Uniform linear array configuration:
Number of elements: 48
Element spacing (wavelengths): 1
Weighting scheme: cosine
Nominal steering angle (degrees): -30
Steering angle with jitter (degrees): -29.869
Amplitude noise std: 0.05
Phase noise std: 0.05

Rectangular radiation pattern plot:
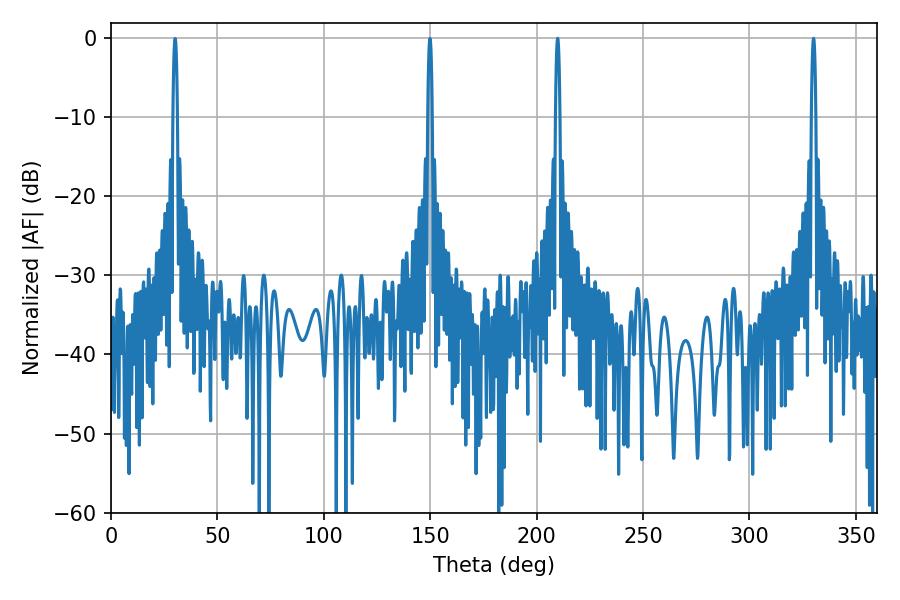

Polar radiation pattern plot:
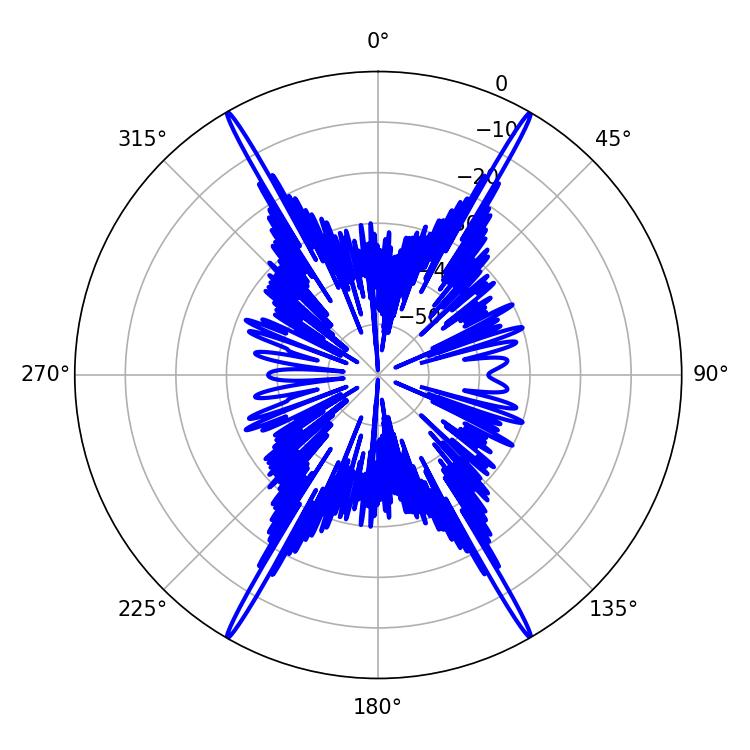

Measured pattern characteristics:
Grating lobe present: TRUE
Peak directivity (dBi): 36.758
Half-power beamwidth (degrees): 1.08
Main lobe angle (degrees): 209.88